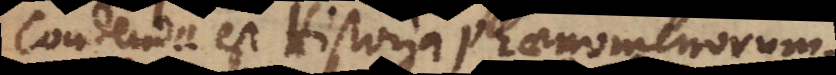
condenda est Historia phaenomenorum,